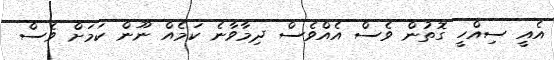
އެއީ ސިއްހީ ގޮތުން ވެސް އެއްވެސް ދިމާވާނެ ކަމެއް ނޫން ކަމަށް ވެސް